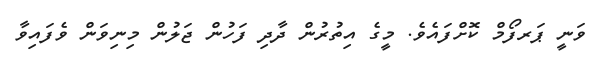
ވަނީ ޕަރފޯމް ކޮށްފައެވެ. މީގެ އިތުރުން ދާދި ފަހުން ޖަލުން މިނިވަން ވެފައިވާ